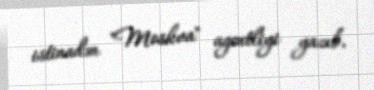
istinadən "Moskva" agentliyi yazıb.